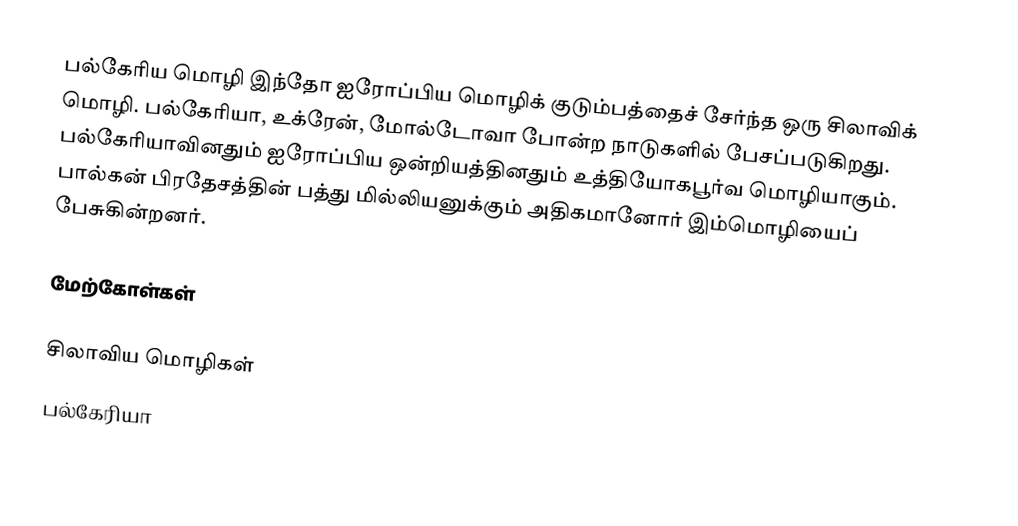
பல்கேரிய மொழி இந்தோ ஐரோப்பிய மொழிக் குடும்பத்தைச் சேர்ந்த ஒரு சிலாவிக் மொழி. பல்கேரியா, உக்ரேன், மோல்டோவா போன்ற நாடுகளில் பேசப்படுகிறது. பல்கேரியாவினதும் ஐரோப்பிய ஒன்றியத்தினதும் உத்தியோகபூர்வ மொழியாகும். பால்கன் பிரதேசத்தின் பத்து மில்லியனுக்கும் அதிகமானோர் இம்மொழியைப் பேசுகின்றனர்.

மேற்கோள்கள்

சிலாவிய மொழிகள்
பல்கேரியா